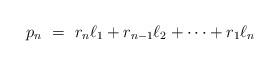
LaTeX: \begin{align*}\begin{minipage}[c]{35pc}$p_n\ =\ r_n\ell_1 + r_{n-1}\ell_2 + \dots + r_1\ell_n$\end{minipage}\end{align*}